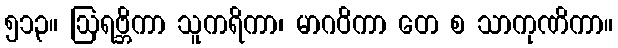
၅၁၃။ ဩရဗ္ဘိကာ သူကရိကာ၊ မာဂဝိကာ တေ စ သာကုဏိကာ။